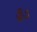
કૂડ